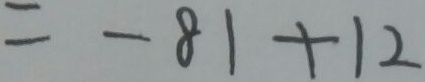
= - 8 1 + 1 2